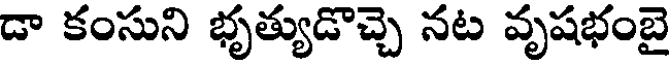
డా కంసుని భృత్యుడొచ్చె నట వృషభంబై